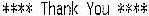
**** THANK YOU ****